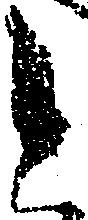
と